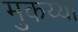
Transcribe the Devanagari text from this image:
मुकय्या